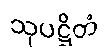
သုပဋ္ဌိတံ